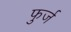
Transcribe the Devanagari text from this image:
फुर्ज